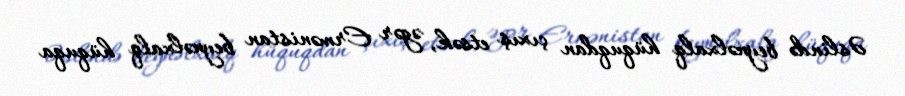
Əslində beynəlxalq hüquqdan çıxış etsək, əgər Ermənistan beynəlxalq hüquqa